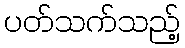
ပတ်သက်သည့်